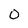
Character: 0